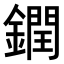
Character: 𨬔